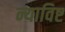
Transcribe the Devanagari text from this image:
न्याविष्ट